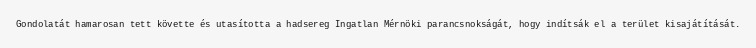
Gondolatát hamarosan tett követte és utasította a hadsereg Ingatlan Mérnöki parancsnokságát, hogy indítsák el a terület kisajátítását.